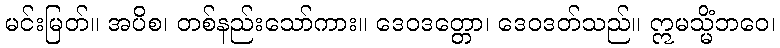
မင်းမြတ်။ အပိစ၊ တစ်နည်းသော်ကား။ ဒေဝဒတ္တော၊ ဒေဝဒတ်သည်။ ဣမသ္မိံဘဝေ၊